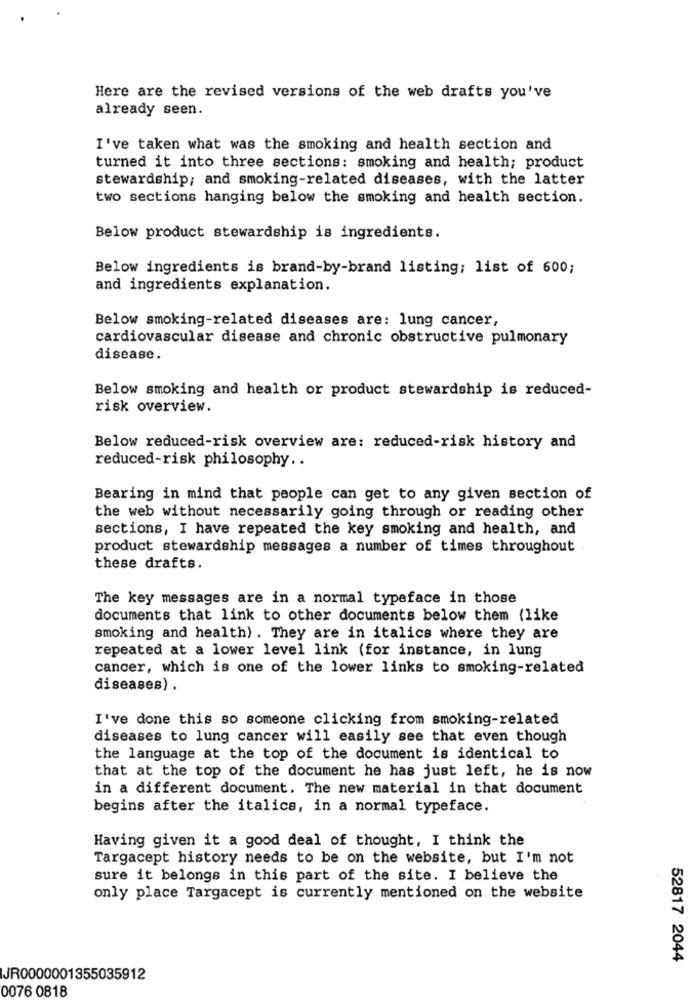
Here are the revised versions of the web drafts you've
already seen.
I've taken what was the smoking and health section and
turned it into three sections: smoking and health; product
stewardship; and smoking-related diseases, with the latter
two sections hanging below the smoking and health section.
Below product stewardship is ingredients.
Below ingredients is brand-by-brand listing; list of 600;
and ingredients explanation.
Below smoking-related diseases are: lung cancer,
cardiovascular disease and chronic obstructive pulmonary
disease.
Below smoking and health or product stewardship is reduced-
risk overview.
Below reduced-risk overview are: reduced-risk history and
reduced-risk philosophy ..
Bearing in mind that people can get to any given section of
the web without necessarily going through or reading other
sections, I have repeated the key smoking and health, and
product stewardship messages a number of times throughout
these drafts.
The key messages are in a normal typeface in those
documents that link to other documents below them (like
smoking and health) . They are in italics where they are
repeated at a lower level link (for instance, in lung
cancer, which is one of the lower links to smoking-related
diseases) .
I've done this so someone clicking from smoking-related
diseases to lung cancer will easily see that even though
the language at the top of the document is identical to
that at the top of the document he has just left, he is now
in a different document. The new material in that document
begins after the italics, in a normal typeface.
Having given it a good deal of thought, I think the
Targacept history needs to be on the website, but I'm not
sure it belongs in this part of the site. I believe the
only place Targacept is currently mentioned on the website
52817 2044
JR0000001355035912
0076 0818